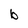
Character: b